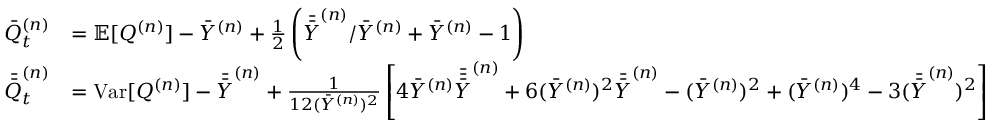
\begin{array} { r l } { \Bar { Q } _ { t } ^ { ( n ) } } & { = \mathbb { E } [ Q ^ { ( n ) } ] - \Bar { Y } ^ { ( n ) } + \frac { 1 } { 2 } \left( { \Bar { \Bar { Y } } ^ { ( n ) } } / { \Bar { Y } ^ { ( n ) } } + \Bar { Y } ^ { ( n ) } - 1 \right) } \\ { \Bar { \Bar { Q } } _ { t } ^ { ( n ) } } & { = \mathrm { V a r } [ Q ^ { ( n ) } ] - \Bar { \Bar { Y } } ^ { ( n ) } + \frac { 1 } { 1 2 ( \Bar { Y } ^ { ( n ) } ) ^ { 2 } } \left[ 4 \Bar { Y } ^ { ( n ) } \Bar { \Bar { \Bar { Y } } } ^ { ( n ) } + 6 ( \Bar { Y } ^ { ( n ) } ) ^ { 2 } \Bar { \Bar { Y } } ^ { ( n ) } - ( \Bar { Y } ^ { ( n ) } ) ^ { 2 } + ( \Bar { Y } ^ { ( n ) } ) ^ { 4 } - 3 ( \Bar { \Bar { Y } } ^ { ( n ) } ) ^ { 2 } \right] } \end{array}